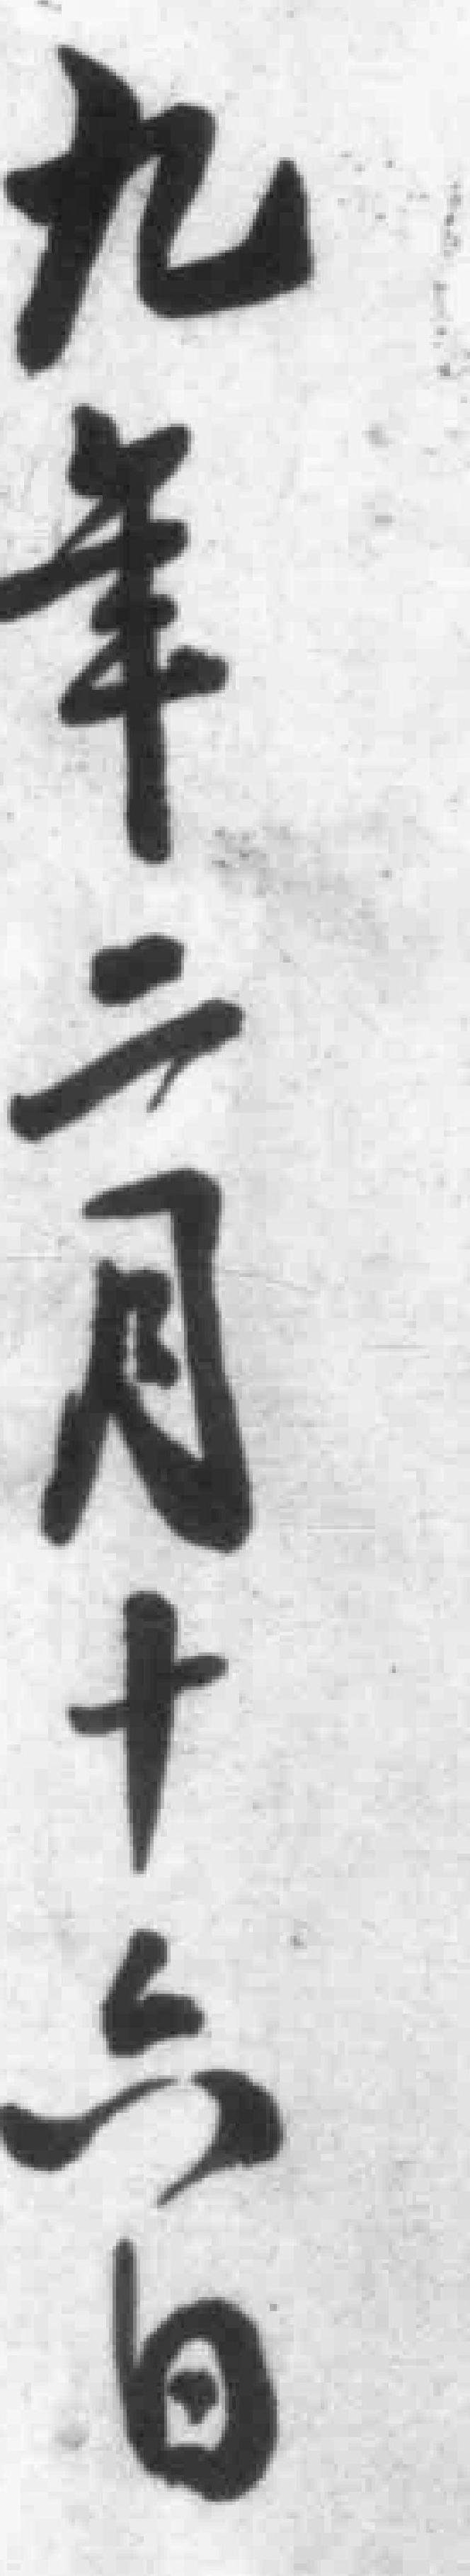
九年二月十六日